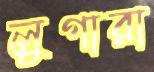
লুগারা